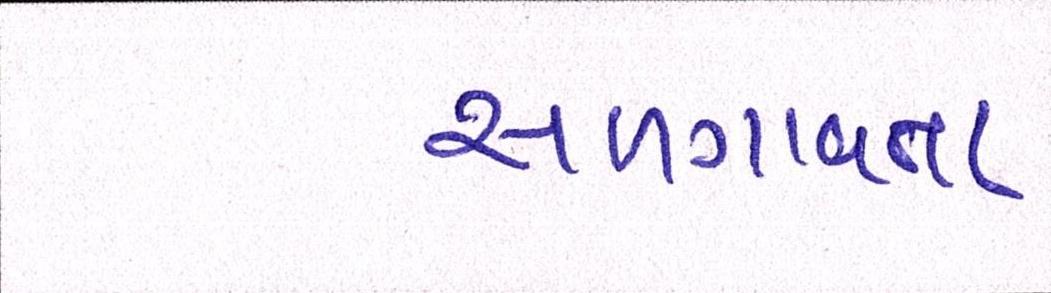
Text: સળગાવતા